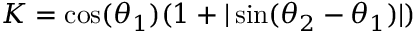
K = \cos ( \theta _ { 1 } ) ( 1 + | \sin ( \theta _ { 2 } - \theta _ { 1 } ) | )